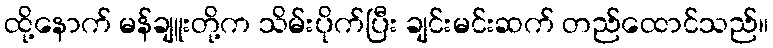
ထို့နောက် မန်ချူးတို့က သိမ်းပိုက်ပြီး ချင်းမင်းဆက် တည်ထောင်သည်။